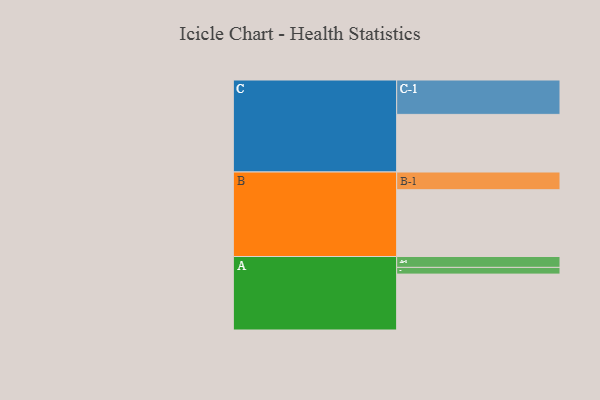
{"axis": {"x": "Segment", "y": "Value"}, "legend": ["", "A", "B", "C"], "data": [{"x": "A", "y": 483, "type": ""}, {"x": "B", "y": 577, "type": ""}, {"x": "C", "y": 498, "type": ""}, {"x": "A-1", "y": 94, "type": "A"}, {"x": "A-2", "y": 58, "type": "A"}, {"x": "B-1", "y": 153, "type": "B"}, {"x": "C-1", "y": 297, "type": "C"}]}